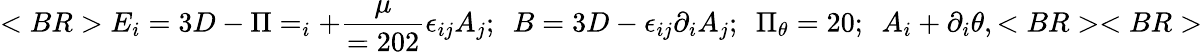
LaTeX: <BR>E_{i}=3D-\Pi=_{i}+{\frac{\mu}{=202}}\epsilon_{ij}A_{j};~~B=3D-\epsilon_{ij}\partial_{i}A_{j};~~\Pi_{\theta}=20;~~A_{i}+\partial_{i}\theta,<BR><BR>